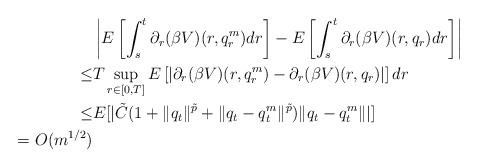
LaTeX: \begin{align*}&\left|E\left[\int_s^t \partial_r (\beta V)(r,q_r^m)dr\right]-E\left[\int_s^t \partial_r (\beta V)(r,q_r)dr\right]\right|\\\leq &T\sup_{r\in[0,T]}E\left[ |\partial_r (\beta V)(r,q_r^m)- \partial_r (\beta V)(r,q_r)|\right]dr\\\leq &E[|\tilde C(1+\|q_t\|^{\tilde p}+\|q_t-q_t^m\|^{\tilde p})\|q_t-q_t^m\||]\\=O(m^{1/2})\end{align*}